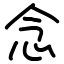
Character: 念